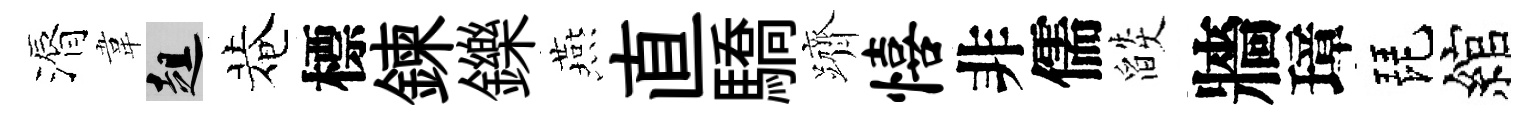
漘韋趄菴標鍊鑠燕直驕躋僖非儒燄牆璋琵綰